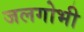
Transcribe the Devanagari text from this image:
जलगोभी